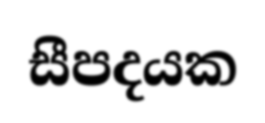
සීපදයක